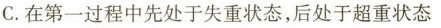
C. 在第一过程中先处于失重状态，后处于超重状态